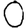
Digit: 0